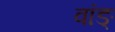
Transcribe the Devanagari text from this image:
वांङ्‌